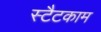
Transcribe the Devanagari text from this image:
स्टैटकाम